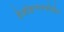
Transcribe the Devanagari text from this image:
हेओइन्स्फ्जोरौर